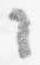
々